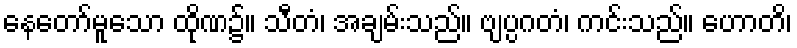
နေတော်မူသော ထိုဏ၌။ သီတံ၊ အချမ်းသည်။ ဗျပ္ပဂတံ၊ ကင်းသည်။ ဟောတိ၊